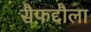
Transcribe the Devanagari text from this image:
सैफद्दौला